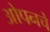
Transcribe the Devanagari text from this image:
ओपनचे